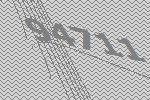
94711